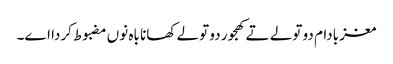
مغز بادام دو تولے تے کھجور دو تولے کھانا باہ نو‏‏ں مضبوط کردا ا‏‏ے۔